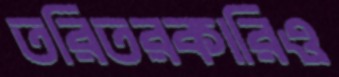
তরিতরকারিও